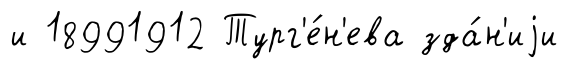
и 18991912 Тург'е́н'ева зда́н'иjи